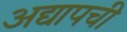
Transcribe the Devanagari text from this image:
अद्यापची